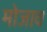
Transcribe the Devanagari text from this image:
मोजाव